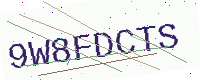
Text: 9W8FDCTS